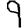
Digit: 9